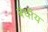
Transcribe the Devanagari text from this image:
बंधीय